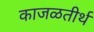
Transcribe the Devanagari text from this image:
काजळतीर्थ